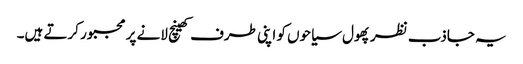
یہ جاذب نظر پھول سیاحوں کو اپنی طرف کھینچ لانے پر مجبور کرتے ہیں۔